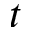
t